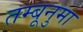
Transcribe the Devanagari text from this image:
तम्बूनुमा